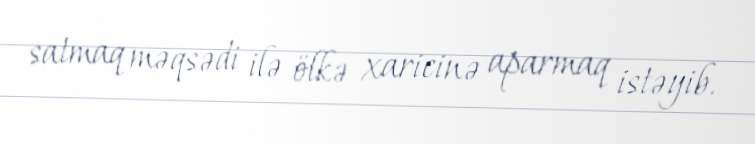
satmaq məqsədi ilə ölkə xaricinə aparmaq istəyib.